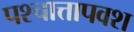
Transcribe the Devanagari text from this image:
पश्चात्तापवश